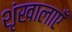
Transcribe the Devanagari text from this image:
शृंखालाएँ